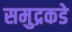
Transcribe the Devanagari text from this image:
समुद्रकडे